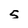
Character: 5